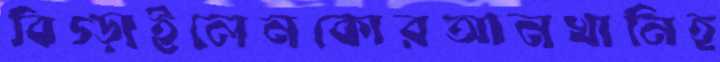
বিগ্‌ড়াইলেনকোরআনখানিহ